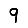
Digit: 9